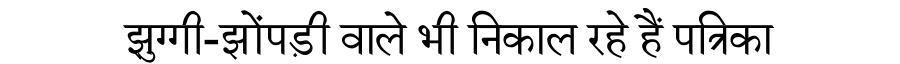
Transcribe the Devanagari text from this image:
झुग्गी-झोंपड़ी वाले भी निकाल रहे हैं पत्रिका